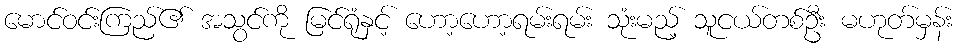
မောင်ဝင်းကြည်၏ အသွင်ကို မြင်ရုံနှင့် ဟော့ဟော့ရမ်းရမ်း သုံးမည့် သူငယ်တစ်ဦး မဟုတ်မှန်း